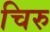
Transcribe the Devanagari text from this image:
चिरु